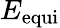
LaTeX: E_{\mathrm{equi}}